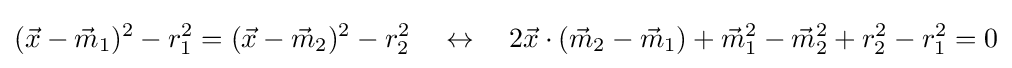
({\vec {x}}-{\vec {m}}_{1})^{2}-r_{1}^{2}=({\vec {x}}-{\vec {m}}_{2})^{2}-r_{2}^{2}\quad \leftrightarrow \quad 2{\vec {x}}\cdot ({\vec {m}}_{2}-{\vec {m}}_{1})+{\vec {m}}_{1}^{2}-{\vec {m}}_{2}^{2}+r_{2}^{2}-r_{1}^{2}=0